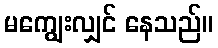
မကျွေးလျှင် နေသည်။